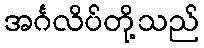
အင်္ဂလိပ်တို့သည်